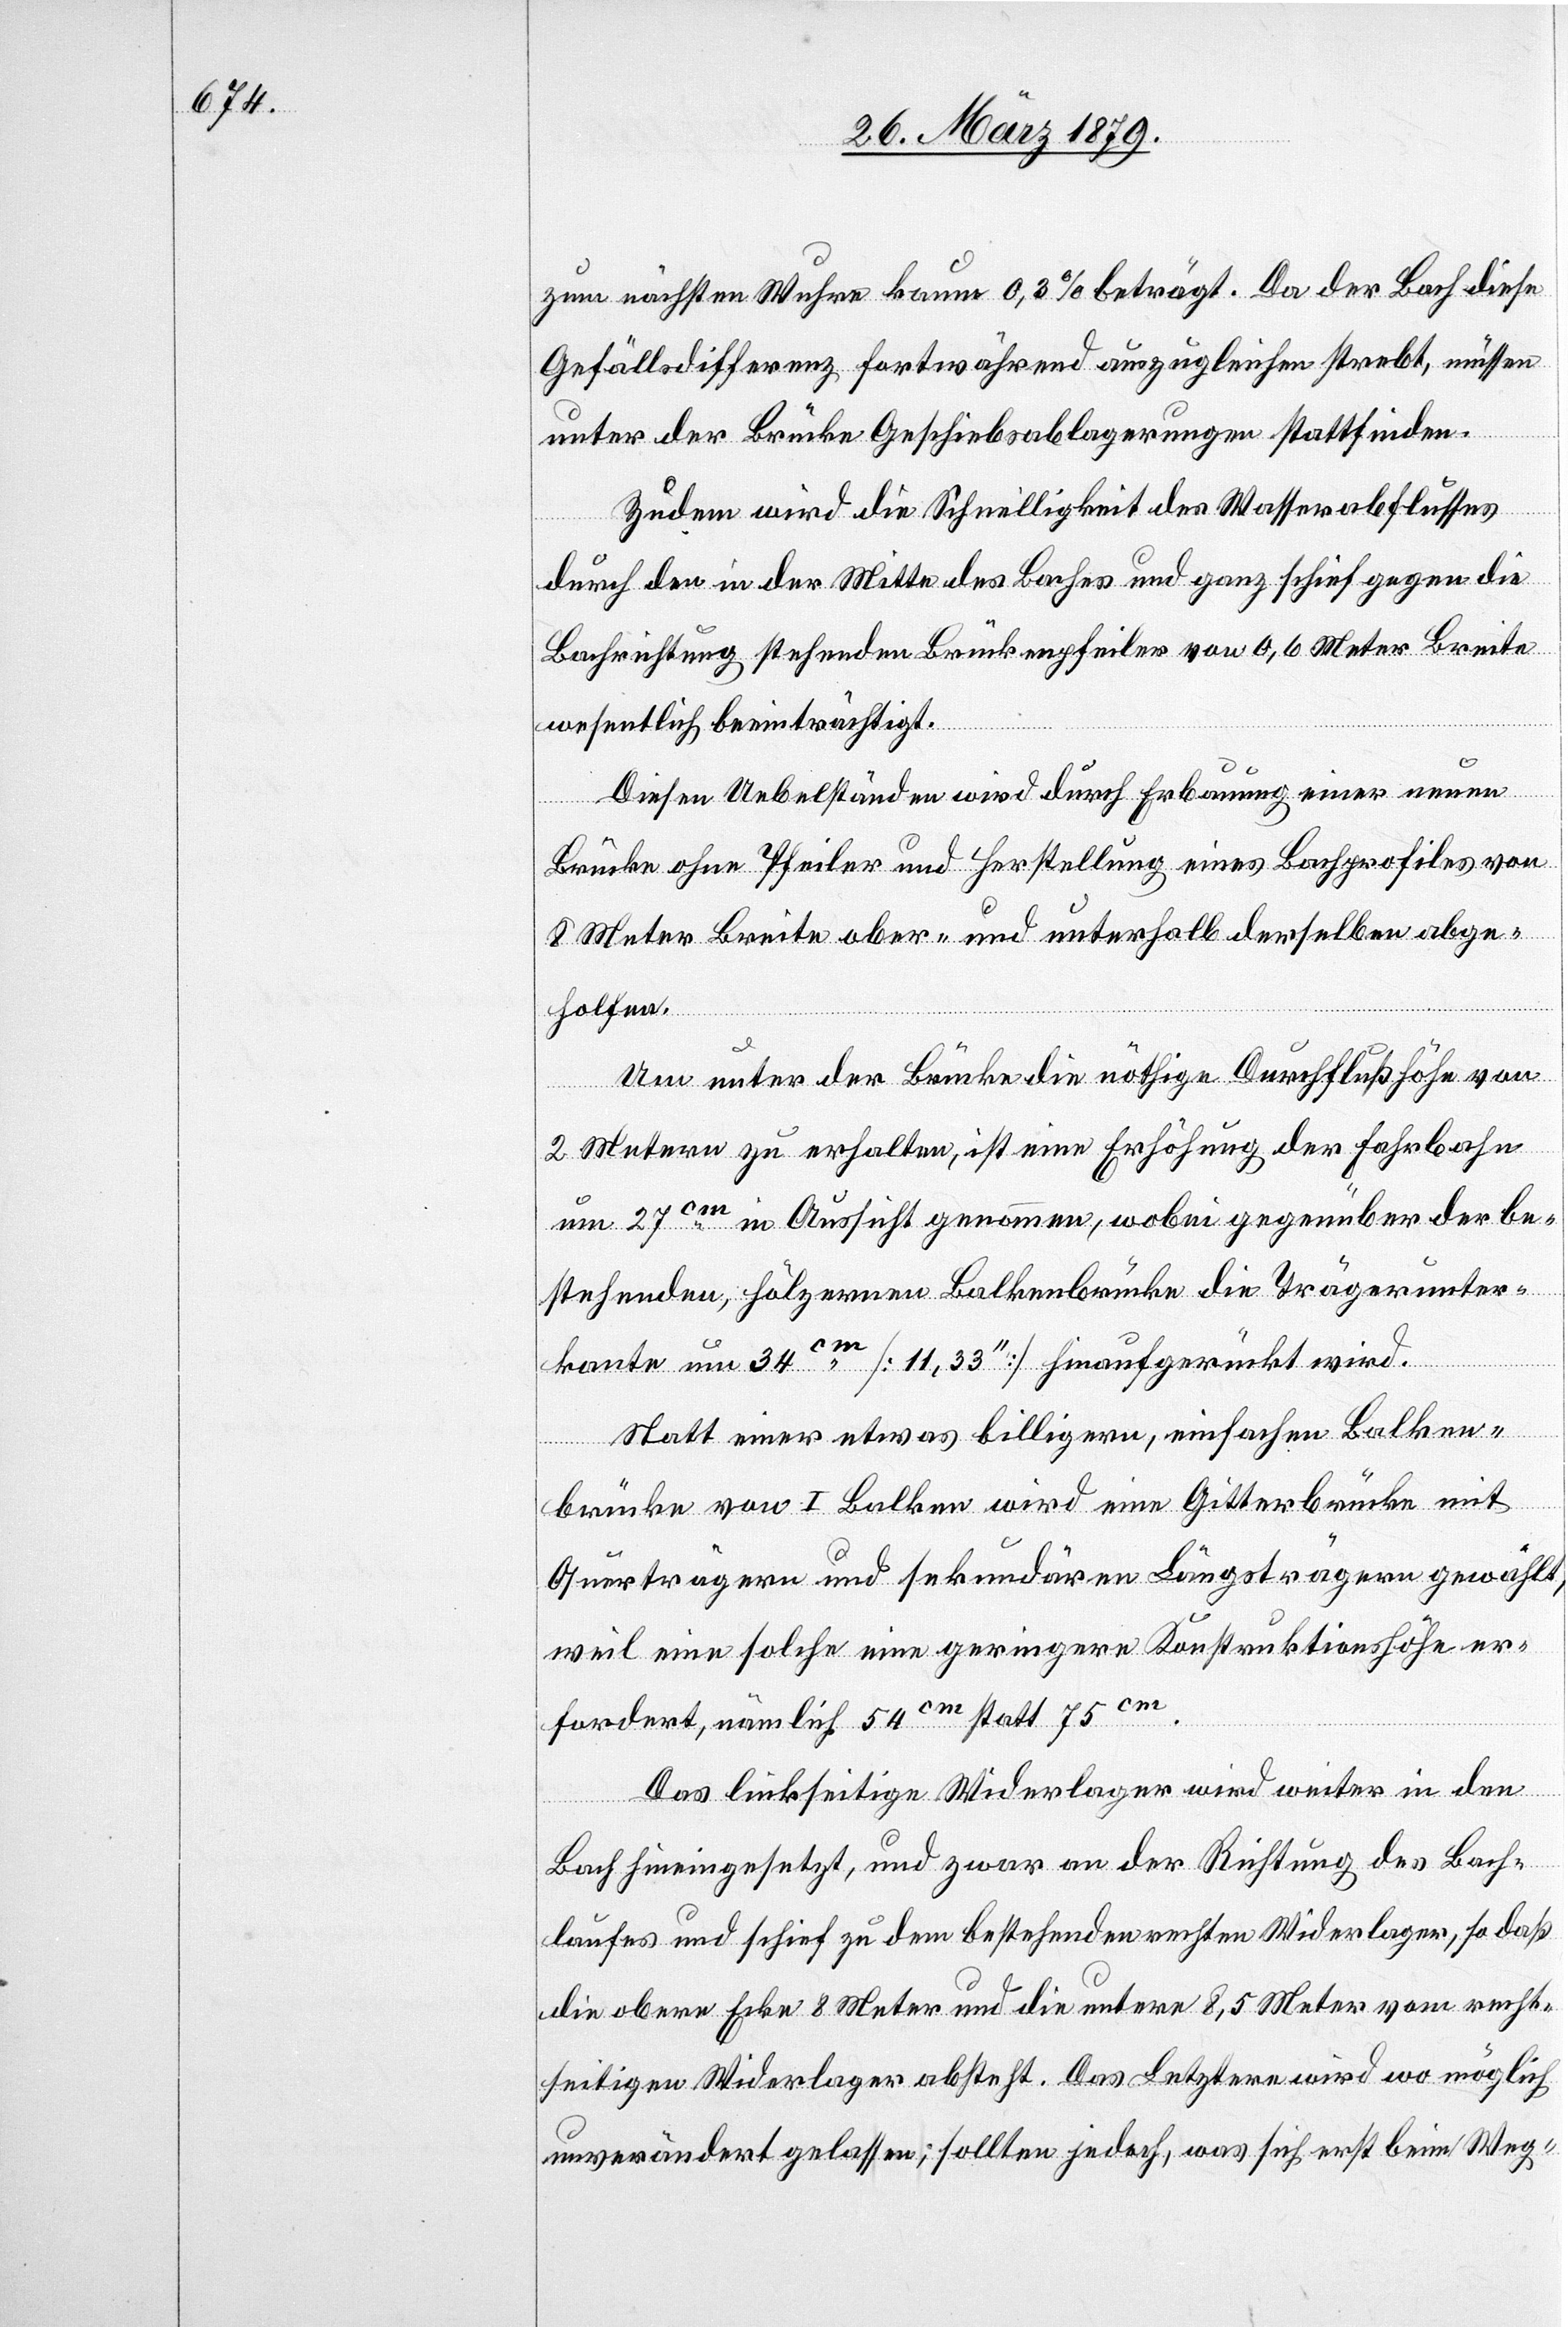
zum nächsten Wuhre kaum 0,3% beträgt. Da der Bach diese
Gefällsdifferenz fortwährend auszugleichen strebt, müssen
unter der Brücke Geschiebsablagerungen stattfinden.
Zudem wird die Schnelligkeit des Wasserabflusses
durch den in der Mitte des Baches und ganz schief gegen die
Bachrichtung stehenden Brückenpfeiler von 0,6 Meter Breite
wesentlich beeinträchtigt.
Diesen Uebelständen wird durch Erbauung einer neuen
Brücke ohne Pfeiler und Herstellung eines Bachprofiles von
8 Meter Breite ober- und unterhalb derselben abge¬
holfen.
Um unter der Brücke die nöthige Durchflußhöhe von
2 Metern zu erhalten, ist eine Erhöhung der Fahrbahn
um 27 cm in Aussicht genommen, wobei gegenüber der be¬
stehenden, hölzernen Balkenbrücke die Trägerunter¬
kante um 34cm [11,33‘‘] hinaufgerückt wird.
Statt einer etwas billigern, einfachen Balken¬
brücke von I Balken wird eine Gitterbrücke mit
Querträgern und sekundären Längsträgern gewählt,
weil eine solche eine geringere Konstruktionshöhe er¬
fordert, nämlich 54cm statt 75cm.
Das linkseitige Widerlager wird weiter in den
Bach hineingesetzt, und zwar an der Richtung des Bach¬
laufes und schief zu dem bestehenden rechten Widerlager, so daß
die obere Ecke 8 Meter und die untere 8,5 Meter vom recht¬
seitigen Widerlager absteht. Das Letztere wird wo möglich
unverändert gelassen; sollten jedoch, was sich erst beim Weg-